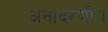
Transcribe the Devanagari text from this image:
अनादरणीय